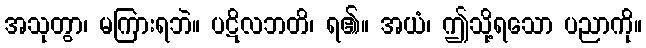
အသုတွာ၊ မကြားရဘဲ။ ပဋိလဘတိ၊ ရ၏။ အယံ၊ ဤသို့ရသော ပညာကို။